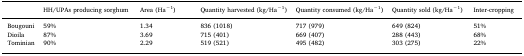
<table><thead><tr><td></td><td><b>HH/UPAs producing sorghum</b></td><td><b>Area (Ha<sup>−1</sup>)</b></td><td><b>Quantity harvested (kg/Ha<sup>−1</sup>)</b></td><td><b>Quantity consumed (kg/Ha<sup>−1</sup>)</b></td><td><b>Quantity sold (kg/Ha<sup>−1</sup>)</b></td><td><b>Inter-cropping</b></td></tr></thead><tbody><tr><td>Bougouni</td><td>59%</td><td>1.34</td><td>836 (1018)</td><td>717 (979)</td><td>649 (824)</td><td>51%</td></tr><tr><td>Dioila</td><td>87%</td><td>3.69</td><td>715 (401)</td><td>669 (407)</td><td>288 (443)</td><td>68%</td></tr><tr><td>Tominian</td><td>90%</td><td>2.29</td><td>519 (521)</td><td>495 (482)</td><td>303 (275)</td><td>22%</td></tr></tbody></table>